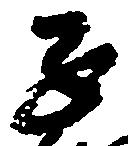
子